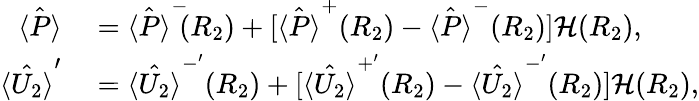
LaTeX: \begin{array}{rl}{\hat{\langle P\rangle}}&{{}=\hat{\langle P\rangle}^{-}\! \! (R_{2})+[\hat{\langle P\rangle}^{+}(R_{2})-\hat{\langle P\rangle}^{-}(R_{2})]\mathcal{H}(R_{2}),}\\ {\hat{\langle U_{2}\rangle}^{\prime}}&{{}=\hat{\langle U_{2}\rangle}^{-^{\prime}}(R_{2})+[\hat{\langle U_{2}\rangle}^{+^{\prime}}(R_{2})-\hat{\langle U_{2}\rangle}^{-^{\prime}}(R_{2})]\mathcal{H}(R_{2}),}\end{array}